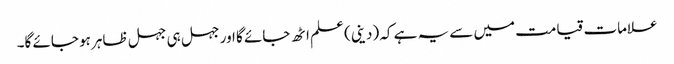
علامات قیامت میں سے یہ ہے کہ (دینی) علم اٹھ جائے گا اور جہل ہی جہل ظاہر ہو جائے گا۔